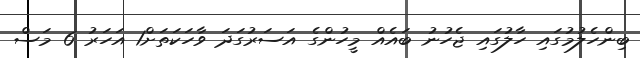
ބިންހެލުމުގައި ހާލުގައި ޖެހުނު ބައެއް މީހުންގެ އަސަރުގަދަ ވާހަކަތަށް1 އަހަރު 6 މަސް